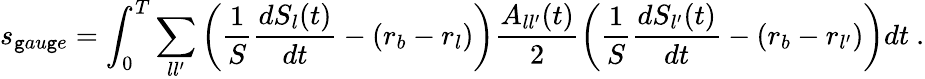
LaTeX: s_{\mathtt{g}au\mathtt{g}e}=\int_{0}^{T}\sum_{ll^{\prime}}\left(\frac{1}{S}\frac{{dS_{l}(t)}}{{dt}}-(r_{b}-r_{l})\right)\frac{{A_{ll^{\prime}}(t)}}{{2}}\left(\frac{1}{S}\frac{{dS_{l^{\prime}}(t)}}{{dt}}-(r_{b}-r_{l^{\prime}})\right)dt\ .